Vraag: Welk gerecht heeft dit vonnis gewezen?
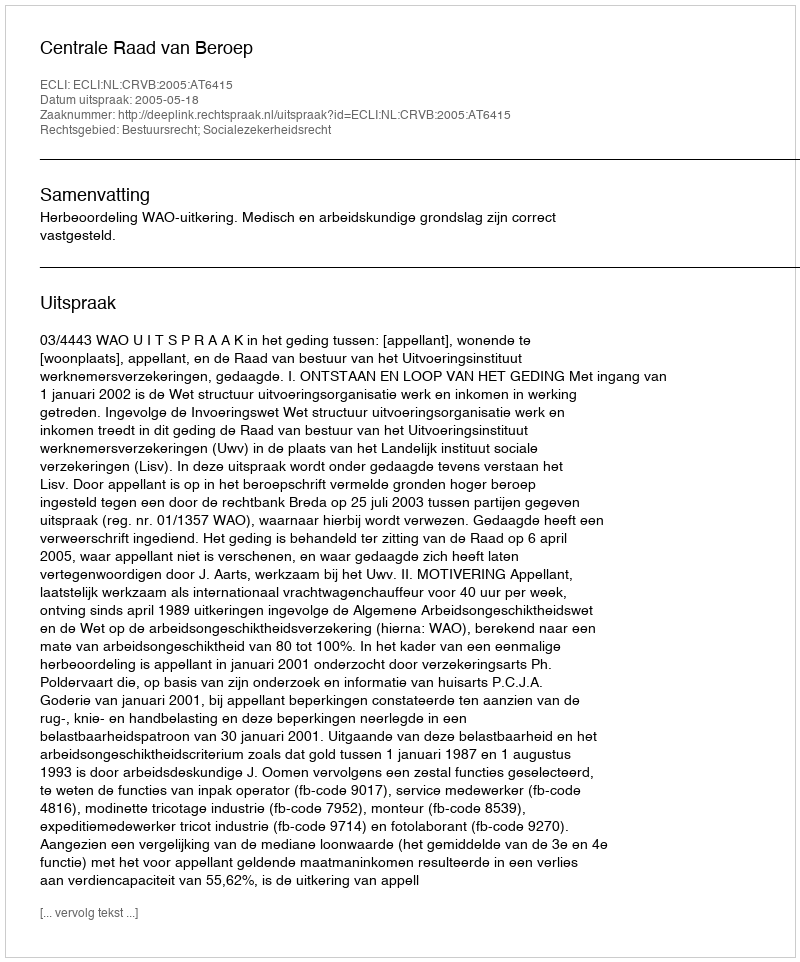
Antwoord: Centrale Raad van Beroep